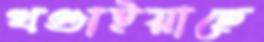
খণ্ডাইয়াছে